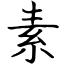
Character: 素